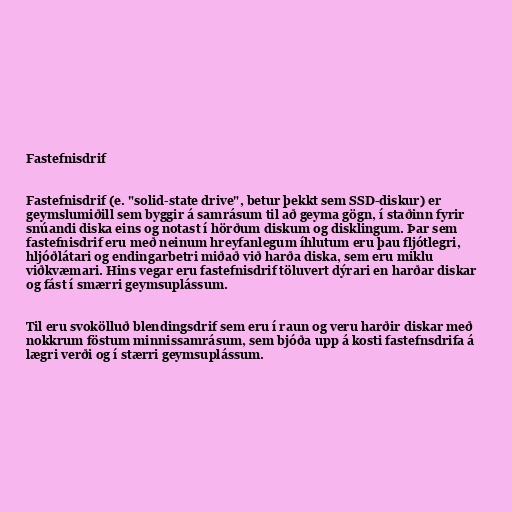
Fastefnisdrif

Fastefnisdrif (e. "solid-state drive", betur þekkt sem SSD-diskur) er
geymslumiðill sem byggir á samrásum til að geyma gögn, í staðinn fyrir
snúandi diska eins og notast í hörðum diskum og disklingum. Þar sem
fastefnisdrif eru með neinum hreyfanlegum íhlutum eru þau fljótlegri,
hljóðlátari og endingarbetri miðað við harða diska, sem eru miklu
viðkvæmari. Hins vegar eru fastefnisdrif töluvert dýrari en harðar diskar
og fást í smærri geymsuplássum.

Til eru svokölluð blendingsdrif sem eru í raun og veru harðir diskar með
nokkrum föstum minnissamrásum, sem bjóða upp á kosti fastefnsdrifa á
lægri verði og í stærri geymsuplássum.